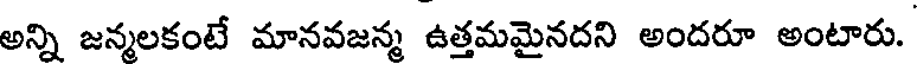
అన్ని జన్మలకంటే మానవజన్మ ఉత్తమమైనదని అందరూ అంటారు.